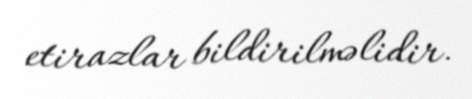
etirazlar bildirilməlidir.